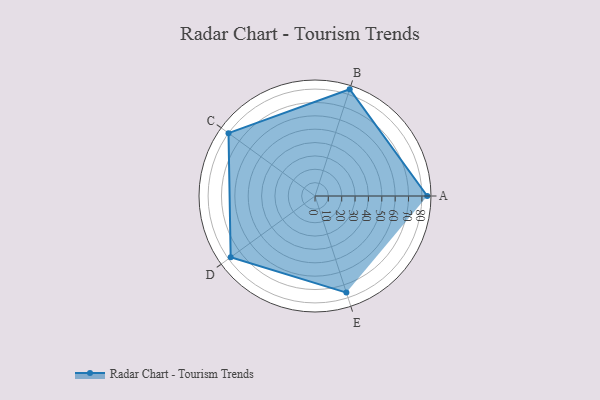
{"axis": {"x": "Skill", "y": "Score"}, "legend": ["Profile"], "data": [{"x": "A", "y": 84.0, "type": "Profile"}, {"x": "B", "y": 84.0, "type": "Profile"}, {"x": "C", "y": 80.0, "type": "Profile"}, {"x": "D", "y": 78.0, "type": "Profile"}, {"x": "E", "y": 76.0, "type": "Profile"}]}